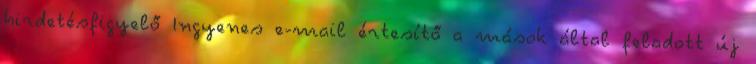
hirdetésfigyelő Ingyenes e-mail értesítő a mások által feladott új